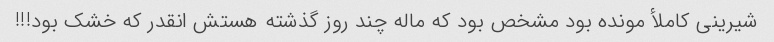
شیرینی کاملأ مونده بود مشخص بود که ماله چند روز گذشته هستش انقدر که خشک بود!!!